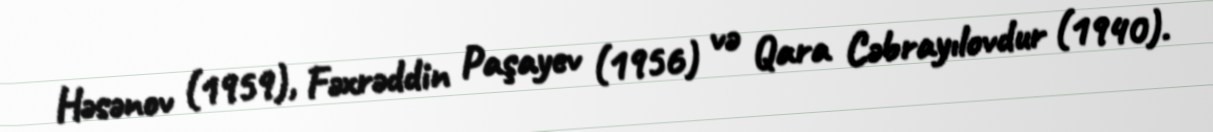
Həsənov (1959), Fəxrəddin Paşayev (1956) və Qara Cəbrayılovdur (1940).